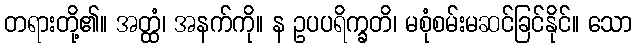
တရားတို့၏။ အတ္ထံ၊ အနက်ကို။ န ဥပပရိက္ခတိ၊ မစုံစမ်းမဆင်ခြင်နိုင်။ သော